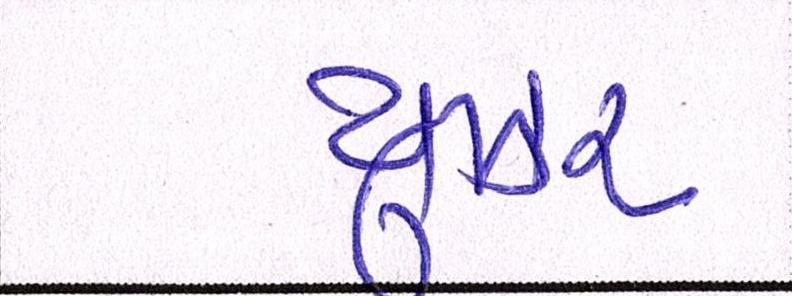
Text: યુઝર